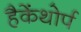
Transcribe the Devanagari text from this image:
हैकेंथोर्प